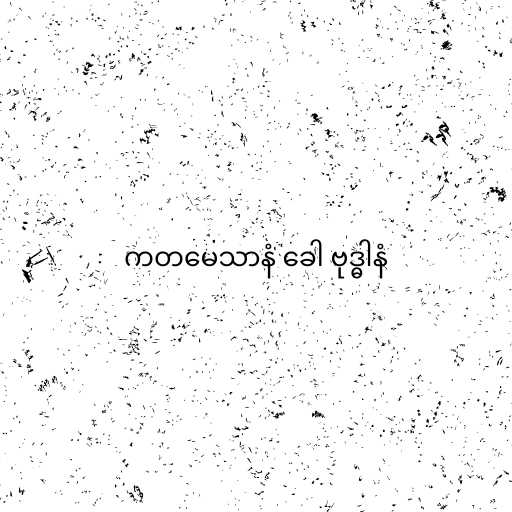
ကတမေသာနံ ခေါ ဗုဒ္ဓါနံ